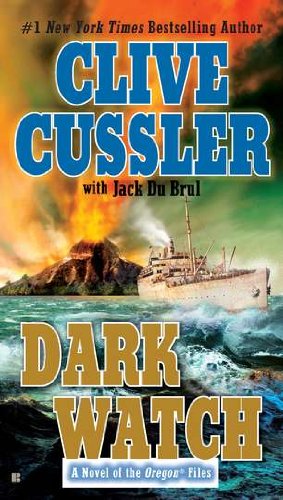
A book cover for Dark Watch (The Oregon Files); Clive Cussler; Literature & Fiction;